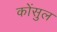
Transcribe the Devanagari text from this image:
कोंसुल